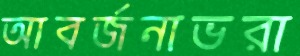
আবর্জনাভরা